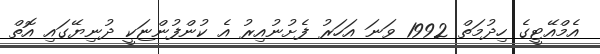
އެމްއޭޓީގެ ހިދުމަތް 1992 ވަނަ އަހަރު ފެށުނުއިރު އެ ކުންފުންޏަކީ ދުނިޔޭގައި އޮތް